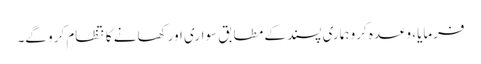
فرمایا، وعدہ کرو ہماری پسند کے مطابق سواری اور کھانے کا نتظام کرو گے۔